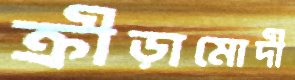
ক্রীড়ামোদী